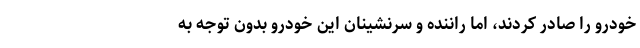
خودرو را صادر کردند، اما راننده و سرنشینان این خودرو بدون توجه به